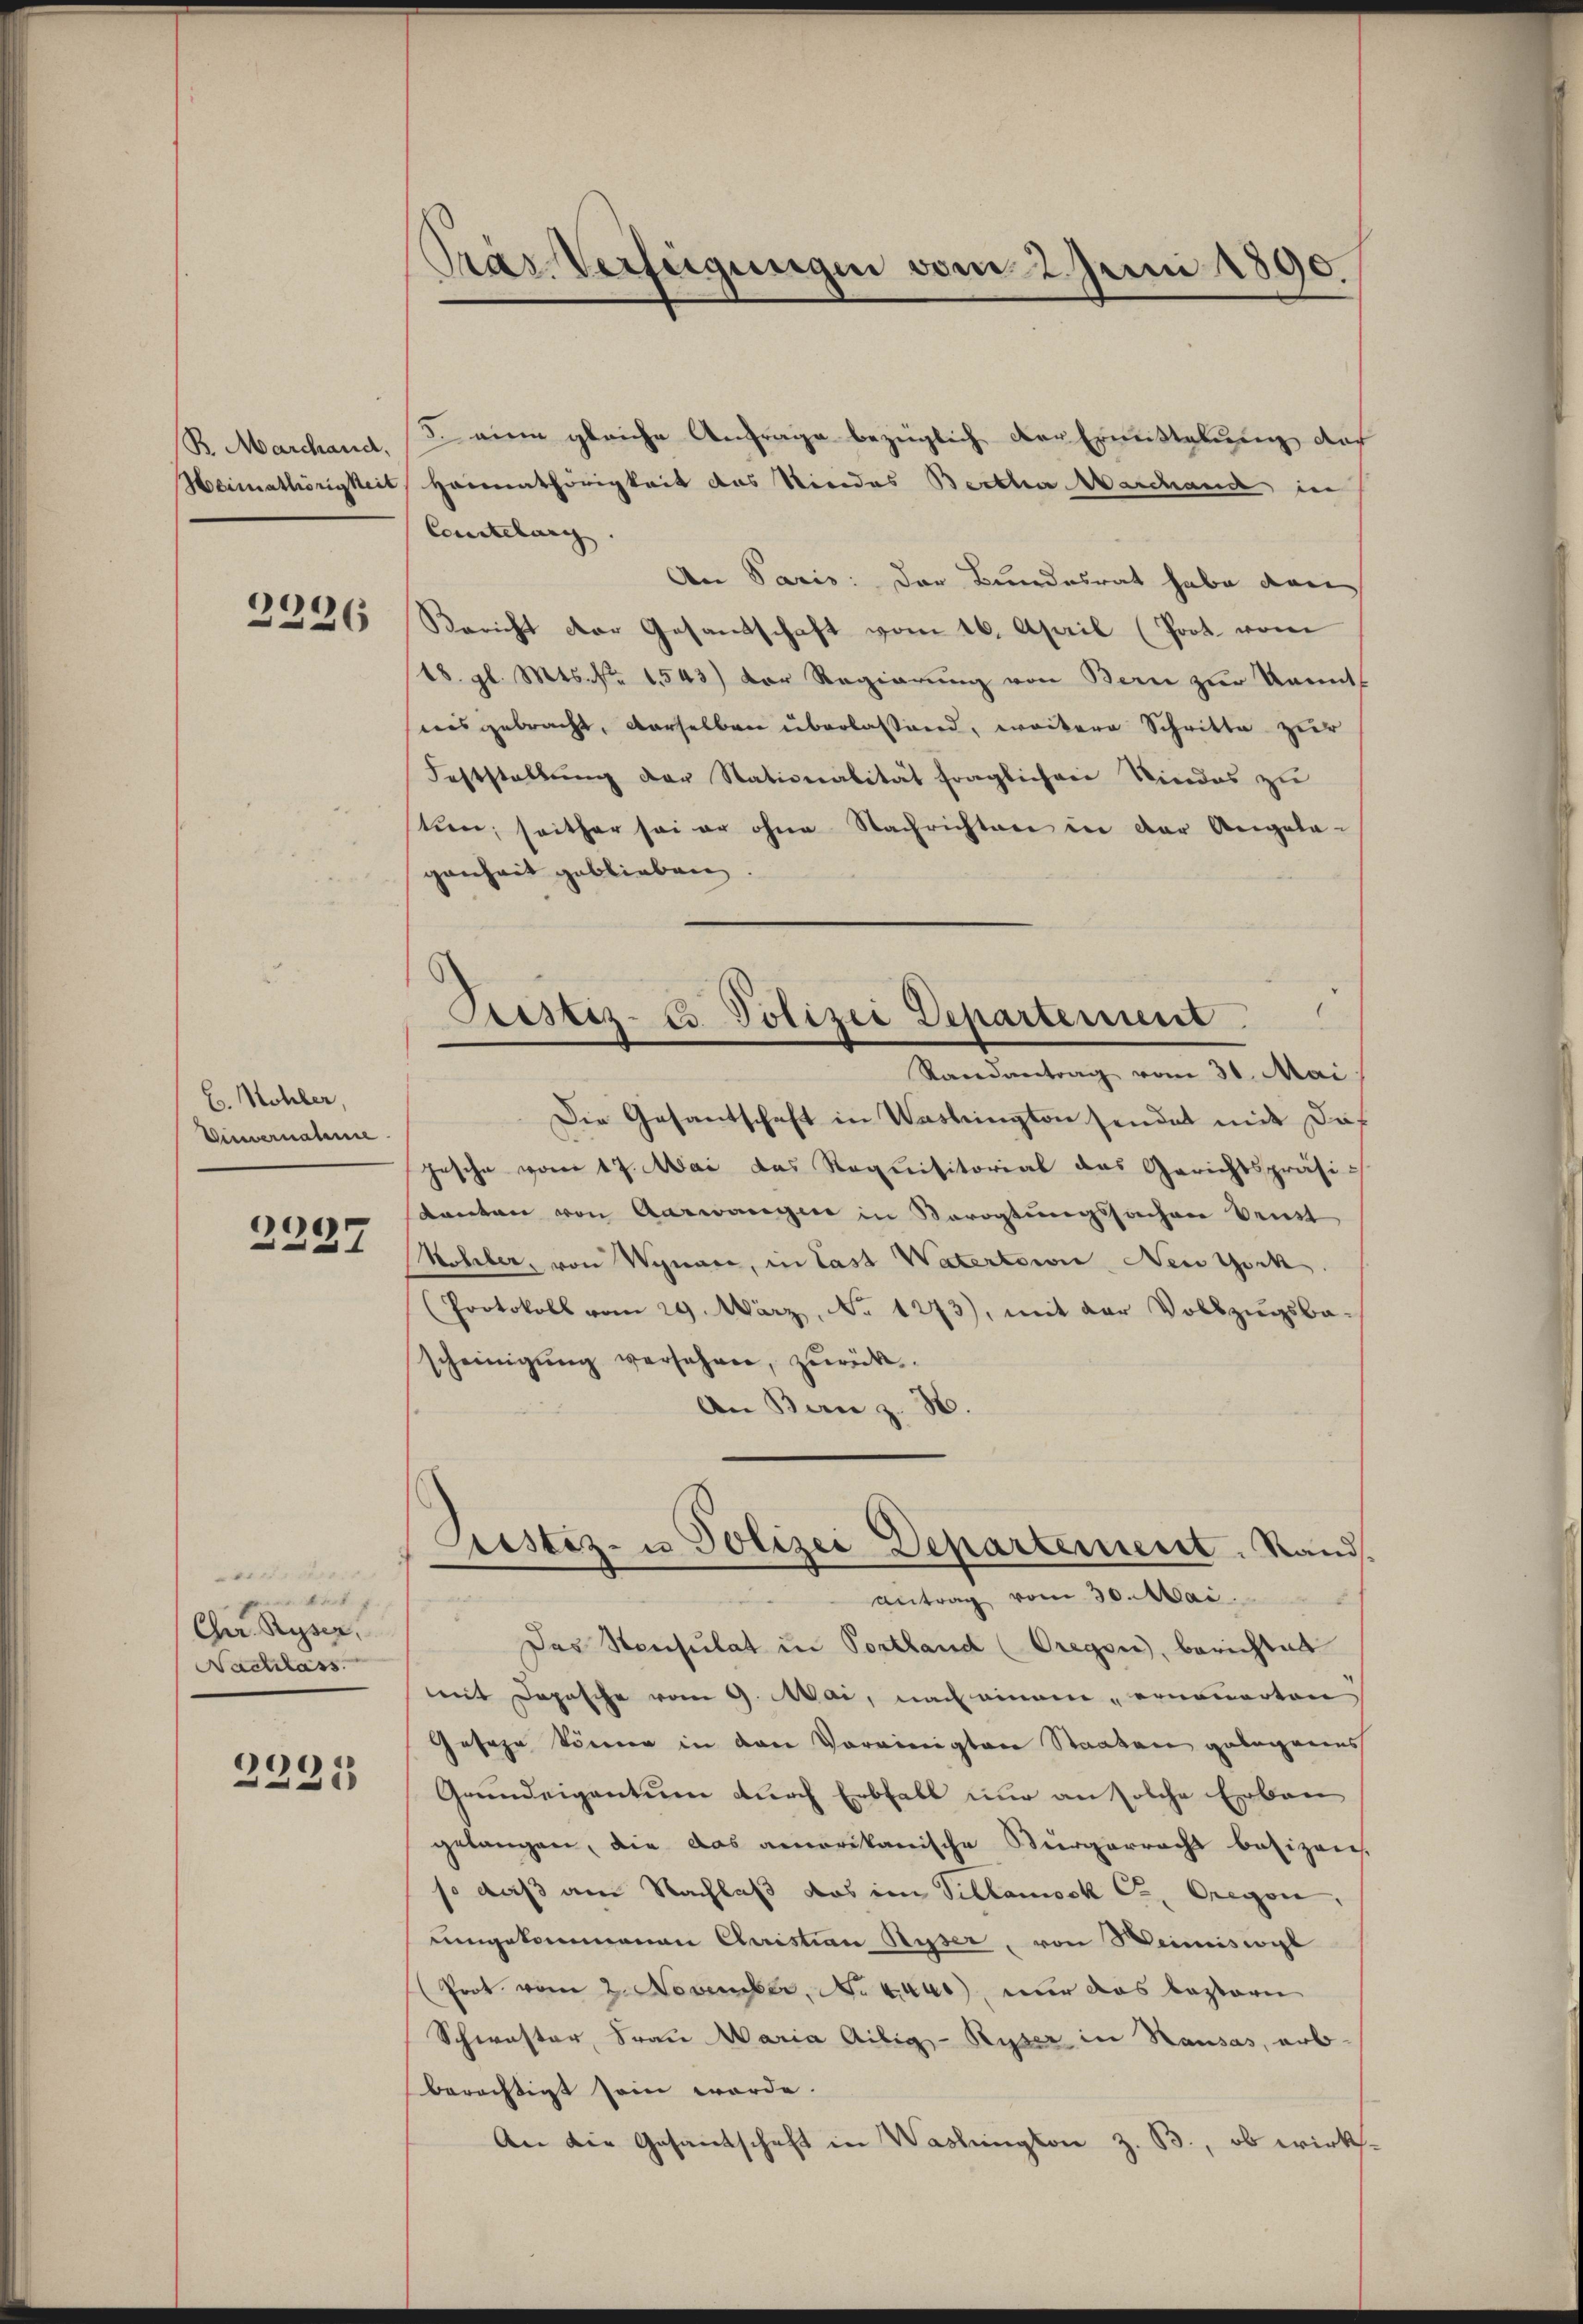
R. Marchand,
Heimathörigkeit

9226
2

B. Kohler,
Vinvernahme

2237

weit
Art. 7.
1
Cher. Ryser,
Nachlass

2231

Pras Verfeigungen vom 2. Juni 1890.

5. eine gleiche Anfrage bezüglich der Ermittelung doch
Heimathörigkeit des Niedes Bertha Marchand in
Comitelung.
An Paris: der Bundesrat habe von
Bericht der Gesandschaft vom 16. April (Poot vom
18. gl. Mts. No. 1543) Der Regierung von Bern zur Kennt
nisgebracht, derselben überlassend, weitere Schritte zur
Feststellŭng der Stationalität fraglichen Niedes zu
tien, seither sei er ohne Nachrichten in der Angela-
genheit geblieben.
d
Randantrag vom 30. Mai
Die Gesantschaft in Washington sendet mit daf
Jesche vom 17. Mai das Requisitorial das Gerichtspräsi-
Kanton von Aarwanger in Vervogtungssachen Vent
Kohler, von Wynare, in Last Watertoire Nein Gock.
(Protokoll vom 29. März, No 1273), mit der Vollzugsba-
scheinigung versehen, zurück
An Bern z. B.
Sistiz- u Polizei Departement. Stand.
Antrag vom 30. Mai.
Das Konsulat in Portland (Oregen, berichtet
mit Depesche vom 9. Mai, nach einem „ernommerten
Geseze können in den Voreinigten Staaten gelegens
Grundeigentum durch Erbfall nur an solche Erbau
gelangen, die das amerikanische Bürgerrecht besizen.
so daß am Nachlaß das im Villamock Cr. Oregen,
uungekommenen Christian Ryser, von Weimissogl
(Prot vom 2. November. N. Maur, nur das Lastori
Schwester, Frau Maria Aibig-Ryser in Hausas, erb-
berächtigt sein werde.
An die Gesandschaft in Washington z. B., ob wirks¬

Pristiz-E. Polizei Departement